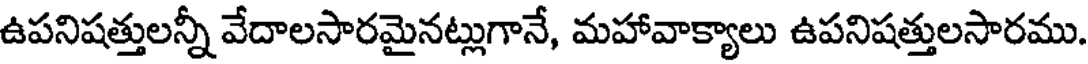
ఉపనిషత్తులన్నీ వేదాలసారమైనట్లుగానే, మహావాక్యాలు ఉపనిషత్తులసారము.